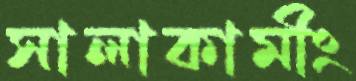
সালাকামীং